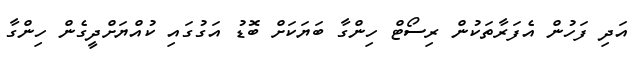
އަދި ފަހުން އެފަރާތަކުން ރިސޯޓް ހިންގާ ބަޔަކަށް ބޮޑު އަގުގައި ކުއްޔަށްދީގެން ހިންގާ